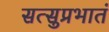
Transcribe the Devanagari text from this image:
सत्सुप्रभातं